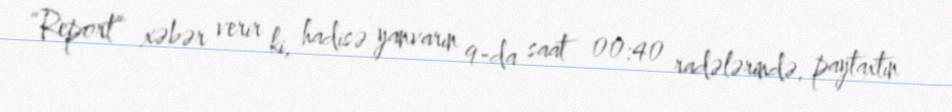
“Report” xəbər verir ki, hadisə yanvarın 9-da saat 00:40 radələrində, paytaxtın